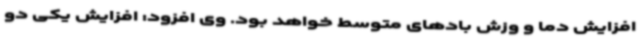
افزایش دما و وزش بادهای متوسط خواهد بود. وی افزود: افزایش یکی دو